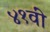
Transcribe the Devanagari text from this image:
४१वीं